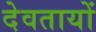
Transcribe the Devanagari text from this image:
देवतायों